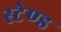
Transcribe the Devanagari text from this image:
स्‍टेण्‍ड